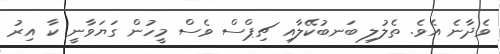
ވެދާނެ އެވެ. ތެލުލި ބަނބުކޭލާއި ޗިޕްސް ވެސް މީހުން ގަޔަވާނީ ކާ އިރު